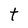
Character: t